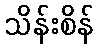
သိန်းစိန်